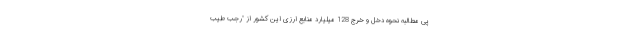
پی مطالبه نحوه دخل و خرج 128 میلیارد منابع ارزی این کشور از "رجب طیب